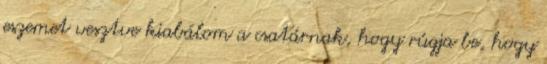
eszemet vesztve kiabálom a csatárnak, hogy rúgja be, hogy